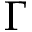
\Gamma